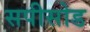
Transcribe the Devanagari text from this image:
सपीसोड